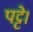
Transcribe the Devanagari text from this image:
पट्टे।